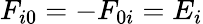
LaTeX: F_{i0}=-F_{0i}=E_{i}